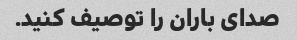
صدای باران را توصیف کنید.